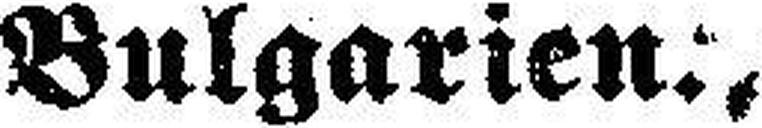
Bulgarien:,